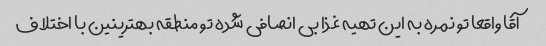
آقا واقعا تو نمره به این تهیه غذا بی انصافی شده تو منطقه بهترینین با اختلاف